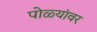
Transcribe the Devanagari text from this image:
पोळ्यांवर